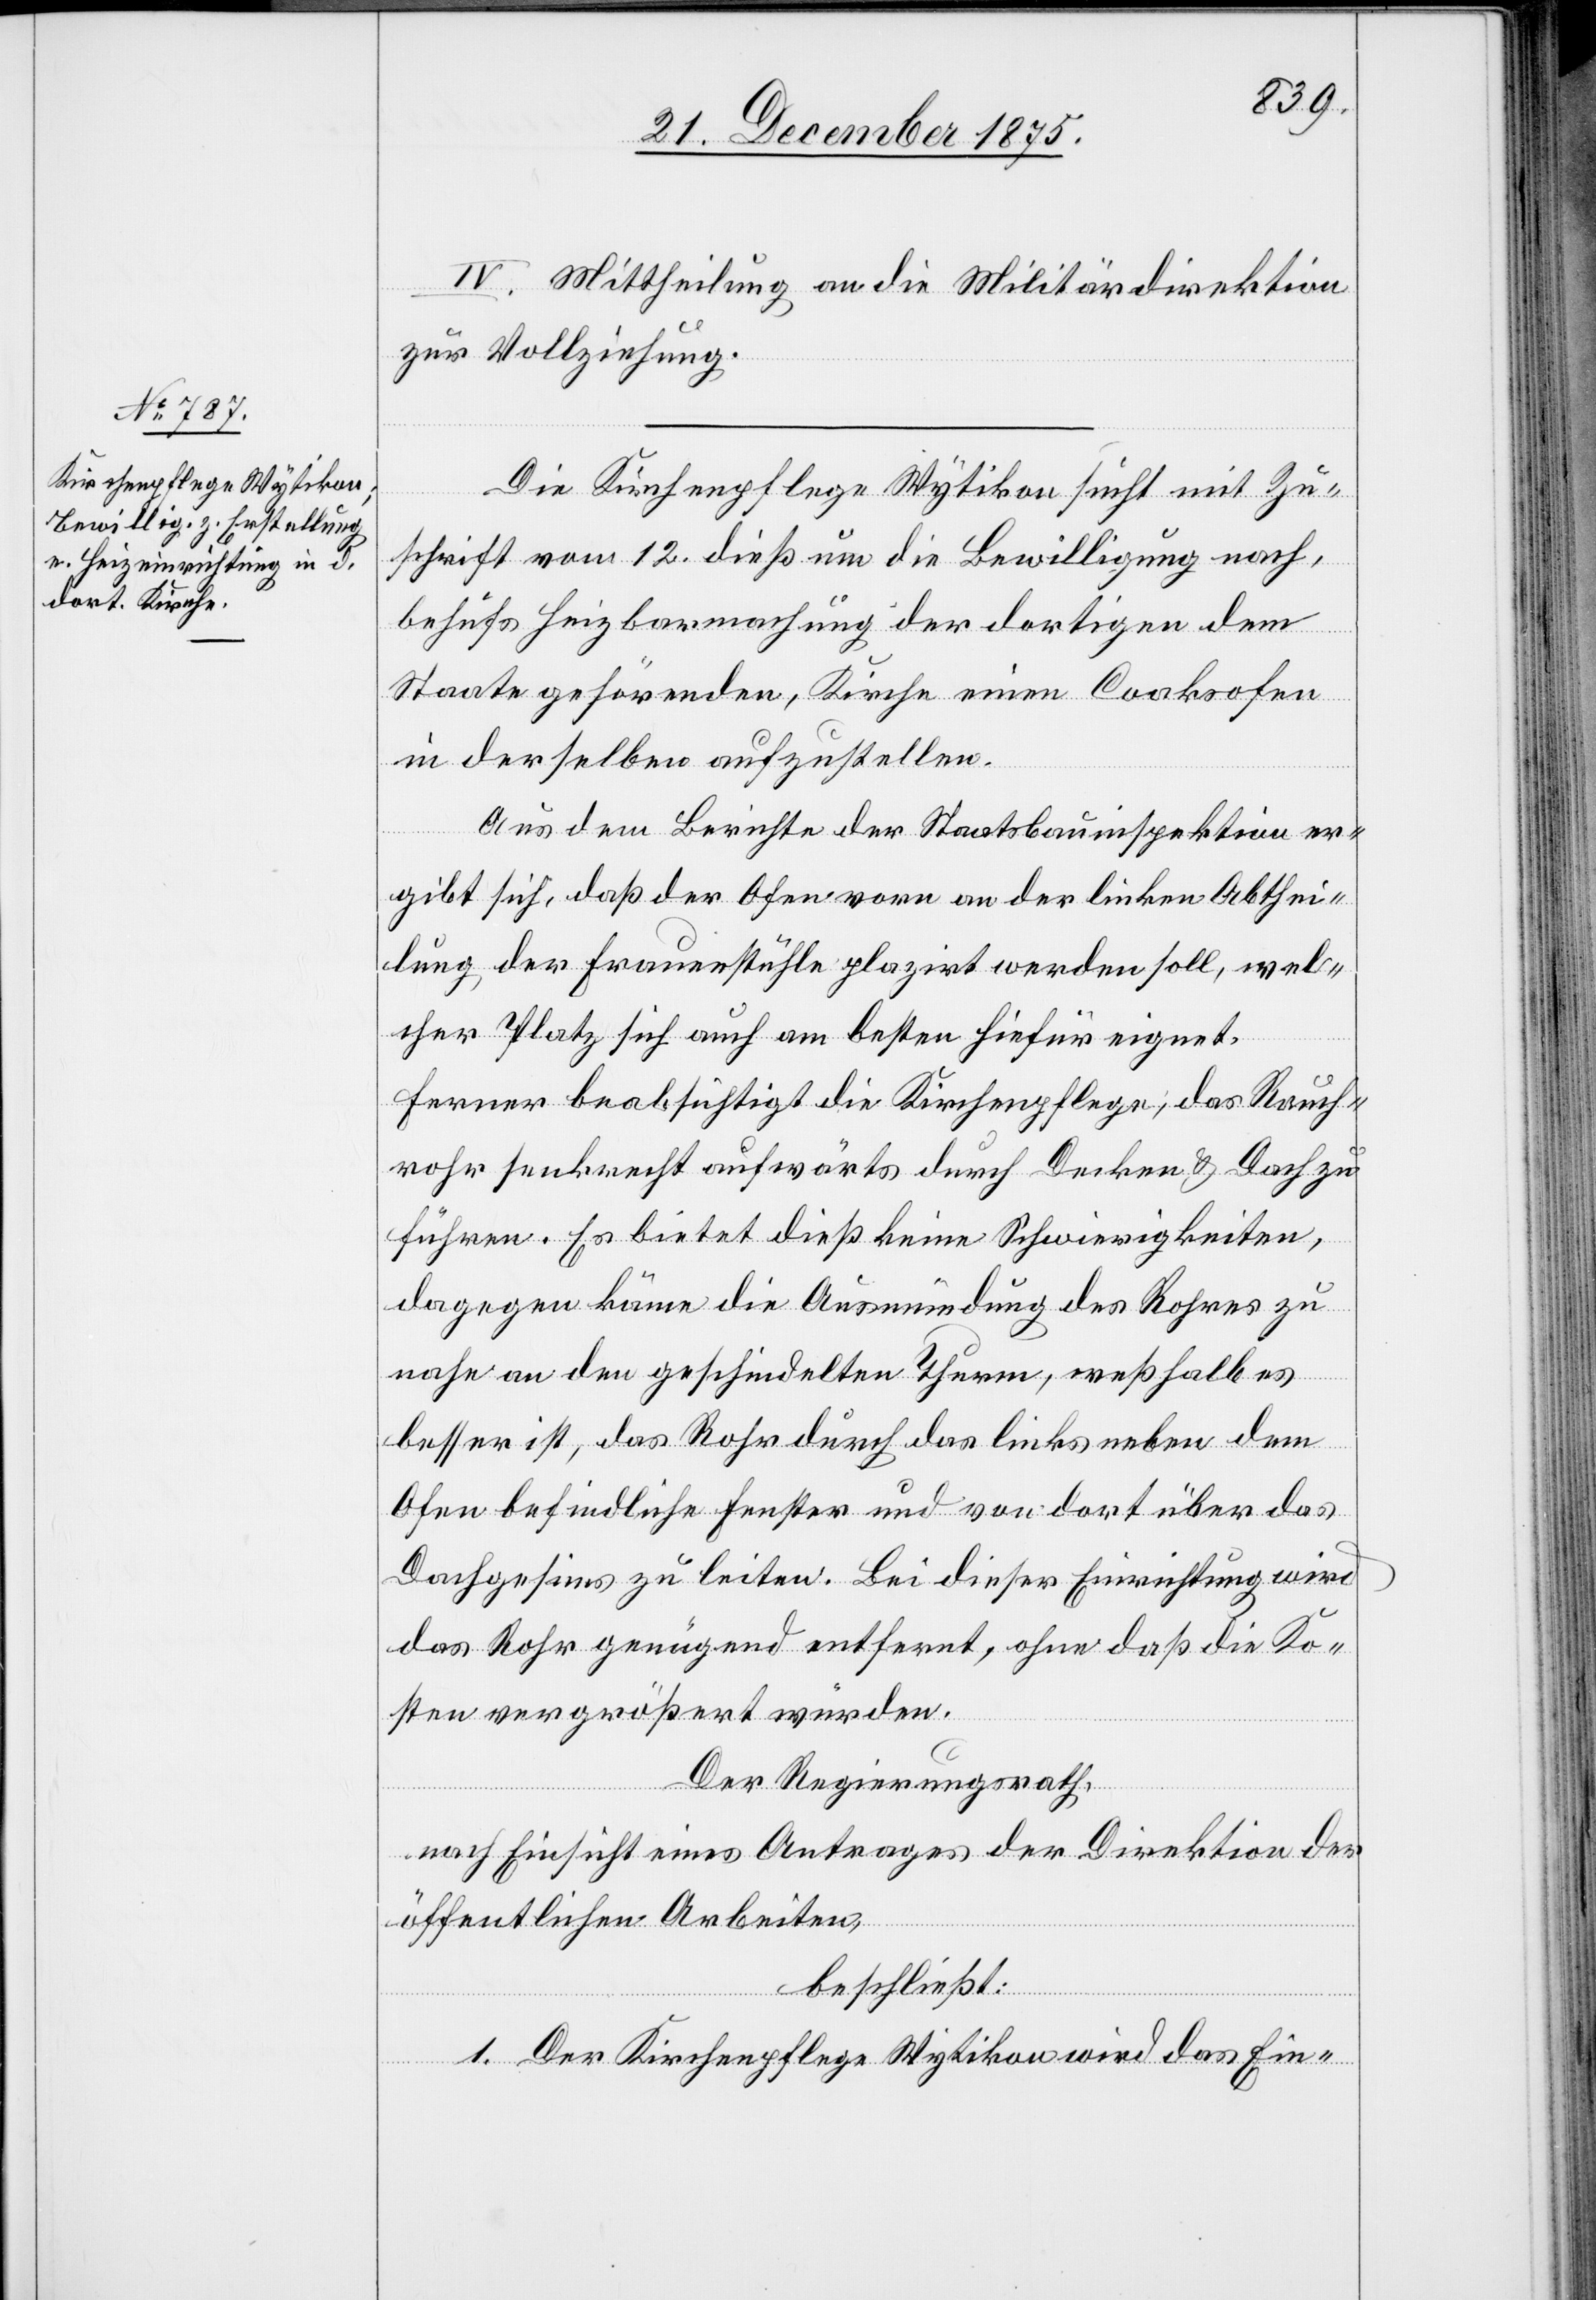
IV. Mittheilung an die Militärdirektion
zur Vollziehung.
Die Kirchenpflege Wytikon sucht mit Zu¬
schrift vom 12. dieß um die Bewilligung nach,
behufs Heizbarmachung der dortigen dem
Staate gehörenden, Kirche einen Coaksofen
in derselben aufzustellen.
Aus dem Berichte der Staatsbauinspektion er¬
gibt sich, daß der Ofen vorn an der linken Abthei¬
lung, der Frauenstühle plazirt werden soll, wel¬
cher Platz sich auch am besten hiefür eignet.
Ferner beabsichtigt die Kirchenpflege; das Rauch¬
rohr senkrecht aufwärts durch Decken & Dach zu
führen. Es bietet dieß keine Schwierigkeiten,
dagegen käme die Ausmündung des Rohres zu
nahe an den geschindelten Thurm, weßhalb es
besser ist, das Rohr durch das links neben dem
Ofen befindliche Fenster und von dort über das
Dachgesims zu leiten. Bei dieser Einrichtung wird
das Rohr genügend entfernt, ohne daß die Ko¬
sten vergrößert würden.
Der Regierungsrath,
nach Einsicht eines Antrages der Direktion der
öffentlichen Arbeiten,
beschließt:
1. Der Kirchenpflege Wytikon wird das Ein-